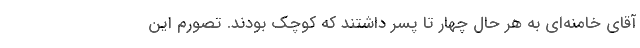
آقای خامنه‌ای به هر حال چهار تا پسر داشتند که کوچک بودند. تصورم این